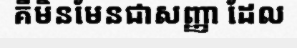
គឺមិនមែនជាសញ្ញា ដែល